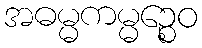
အဓမ္မကမ္မဉ္စေဝ